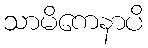
သာမိကေနာပိ